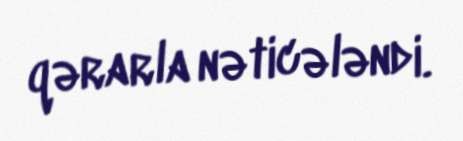
qərarla nəticələndi.